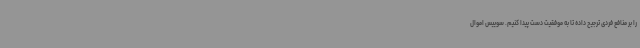
را بر منافع فردی ترجیح داده تا به موفقیت دست پیدا کنیم. سوییس اموال